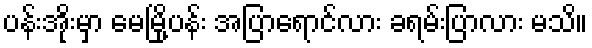
ပန်းအိုးမှာ မေမြို့ပန်း အပြာရောင်လား ခရမ်းပြာလား မသိ။